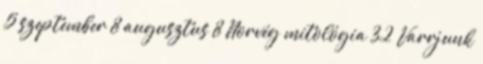
5 szeptember 8 augusztus 8 Norvég mitológia 32 Varrjunk